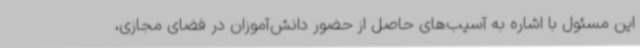
این مسئول با اشاره به آسیب‌های حاصل از حضور دانش‌آموزان در فضای مجازی،